Insane asylums in Bengal annual reports 1876-1887 - 1876-1887
Year: 1876
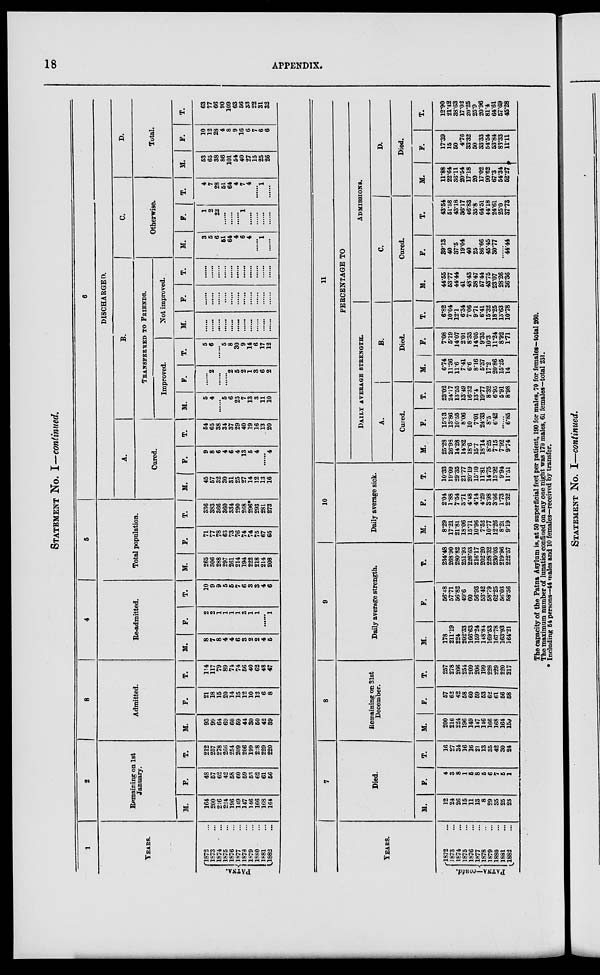
18
APPENDIX.
STATEMENT No. I—continued.
1
YEARS.
PATNA.
1872 ...
1873 ...
1874 ...
1875 ...
1876 ...
1877 ...
1878 ...
1879 ...
1880 ...
1881 ...
1882 ...
2
Remaining on 1st
January.
M.
164
200
216
224
196
149
147
146
166
168
164
F.
48
57
62
42
58
60
59
53
62
61
56
T.
212
257
278
266
254
209
206
199
228
229
220
3
Admitted.
M.
93
99
64
69
60
59
44
30
50
42
39
F.
21
18
15
20
14
15
12
10
12
6
8
T.
114
117
79
89
74 74
56
40
62
48
47
4
Re-admitted.
M.
8
7
8
4
4
6
3
2
2
4
5
F.
2
2
1
1
1
1
3
1
1
......
1
T.
10
9
9
5
5
7
6
3
3
4
6
5
Total population.
M.
265
306
288
297
261
214
194
222
218
214
208
F.
71
77
78
63
73
76
74
74
75
67
65
T.
336
383
366
360
334
290
268
296*
293
281
273
6
DISCHARGED.
A.
Cured.
M.
45
57
32
30
31
25
27
14
12
13
16
F.
9
8
6
4
6
4
13
5
4
......
4
T.
54
65
38
34
37
29
40
19
16
13
20
B.
TRANSFERRED TO FRIENDS.
Improved.
M.
5
4
......
5
6
25
7
13
3
11
10
F.
......
2
......
......
2
5
2
1
3
6
2
T.
5
6
......
5
8
30
9
14
6
17
12
Not improved.
M.
......
......
......
......
......
......
......
......
......
......
......
F.
......
......
......
......
......
......
......
......
......
......
......
T.
......
......
......
......
......
......
......
......
......
......
......
C.
Otherwise.
M.
3
5
6
51
64
4
6
4
......
1
......
F.
1
2
22
......
......
......
1
......
......
......
......
T .
4
7
28
51
64
4
7
4
......
1
......
D.
Total.
M.
53
65
38
86
101
54
40
27
15
25
26
F.
10
12
28
4
8
9
16
6
7
6
6
T.
63
77
66
90
109
63
56
33
22
31
32
YEARS.
PATNA—contd.
1872 ...
1873 ...
1874 ...
1875 ...
1876 ...
1877 ...
1878 ...
1879 ...
1880 ...
1881 ...
1882 ...
7
Died.
M.
12
24
26
15
11
13
8
29
35
25
23
F.
4
3
8
1
5
8
6
6
7
5
1
T.
16
27
34
16
16
21
13
35
42
30
24
8
Remaining on 31st
December.
M.
200
216
224
196
149
147
146
166
168
164
159
F.
57
62
42
58
60
59
63
62
61
56
58
T.
257
278
266
254
209
206
199
228
229
220
217
9
Daily average strength.
M.
178
211.19
224
202.33
166.63
159.24
148.84
169.53
167.78
163.93
164.21
F.
56.48
57.71
56.82
49.6
60
56.93
53.42
58.79
62.25
56.03
58.36
T.
234.48
268.90
280.82
251.93
226.63
216.17
202.20
228.32
230.03
219.96
222.57
10
Daily average sick.
M.
8.29
17.21
21.81
18.06
15.71
10.96
7.52
10.77
12.26
8.21
9.19
F.
2.04
1.88
7.54
3.71
4.48
4.14
4.29
3.98
3.66
1.73
2.32
T.
10.33
19.09
29.35
21.77
20.19
15.10
11.81
14.75
15.92
9.94
11.51
11
PERCENTAGE TO
DAILY AVERAGE STRENGTH.
A.
Cured.
M.
25.28
26.98
14.28
14.82
18.6
15.7
18.14
8.25
7.15
7.92
9.74
F.
15.93
13.86
10.55
8.06
10
7.01
24.33
8.5
6.42
......
6.85
T.
23.02
24.17
13.55
13.49
16.32
13.4
19.77
8.32
6.95
5.91
8.98
B.
Died.
M.
6.74
11.36
11.6
7.41
6.6
8.16
5.37
17.2
20.86
15.25
14
F.
7.08
5.19
14.07
2.01
8.33
14.05
9.35
10.3
11.24
8.92
1.71
T.
6.82
10.04
12.1
6.34
7.06
9.71
6.41
15.32
18.25
13.63
10.78
ADMISSIONS.
C.
Cured.
M.
44.55
53.77
44.44
41
48.43
38.47
57.44
43.75
23.07
28.26
36.36
F.
39.13
40
37.5
19.04
40
25
86.66
45.45
30.77
......
44.44
T.
43.54
51.58
43.18
36.17
46.83
35.8
64.51
44.18
24.61
25.0
37.73
D.
Died.
M.
11.88
22.64
36.11
20.54
17.18
20
17.02
90.62
67.3
54.34
52.27
F.
17.39
15
50
4.76
33.32
50
33.33
54.54
53.84
83.33
11.11
T.
12.90
21.42
38.63
17.02
20.25
25.9
20.96
81.4
64.61
57.69
45.28
The capacity of the Patna Asylum is, at 50 superficial feet per patient, 190 for males, 70 for females—total 260.
The maximum number of lunatics confined on any one night was 170 males, 61 females—total 231.
* Including 54 persons—44 males and 10 females—received by transfer.